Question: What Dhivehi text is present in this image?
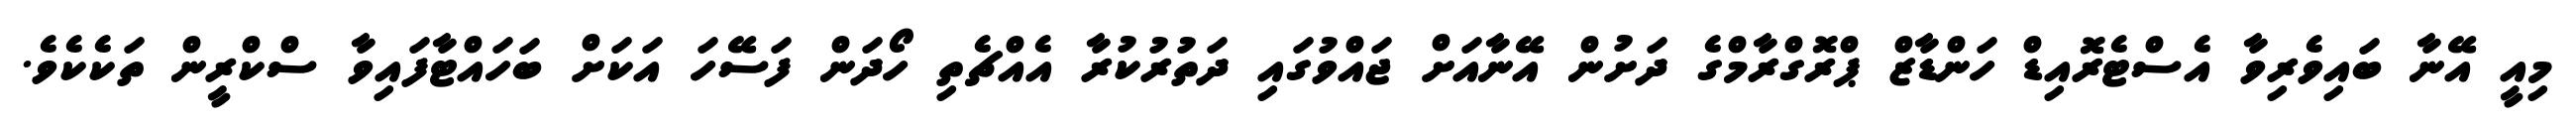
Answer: މިއީ އޭނާ ބައިވެރިވާ އެސްޓެރޮއިޑް ހަންޑާޒް ޕްރޮގްރާމްގެ ދަށުން އޭނާއަށް ޖައްވުގައި ދަތުރުކުރާ އެއްޗެތި ހޯދަން ފަސޭހަ އަކަށް ބަހައްޓާފައިވާ ސްކްރީން ތަކެކެވެ.